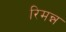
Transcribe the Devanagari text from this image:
रिमन्न